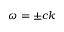
\omega = \pm c k